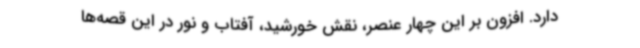
دارد. افزون بر این‌ چهار عنصر، نقش خورشید، آفتاب و نور در این قصه‌ها